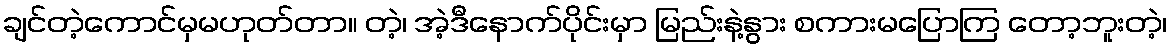
ချင်တဲ့ကောင်မှမဟုတ်တာ။ တဲ့၊ အဲ့ဒီနောက်ပိုင်းမှာ မြည်းနဲ့နွား စကားမပြောကြ တော့ဘူးတဲ့၊